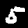
Digit: 5